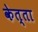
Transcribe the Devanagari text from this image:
केत्ता